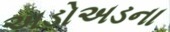
અડોઅડના